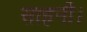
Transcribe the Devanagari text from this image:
साहनी।